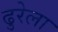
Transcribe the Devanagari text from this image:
ढुरेला